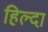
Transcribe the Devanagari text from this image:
हिल्दा